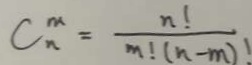
C _ { n } ^ { m } = \frac { n ! } { m ! ( n - m ) ! }